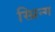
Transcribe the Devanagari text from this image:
स्प्रिन्ग